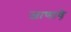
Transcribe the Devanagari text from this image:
जाणावे़